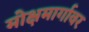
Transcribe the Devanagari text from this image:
मोक्षमार्गावर